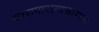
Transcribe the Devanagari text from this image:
कारागारान्धकारघ्नः